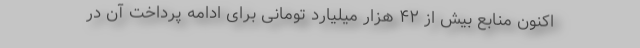
اکنون منابع بیش از ۴۲ هزار میلیارد تومانی برای ادامه پرداخت آن در